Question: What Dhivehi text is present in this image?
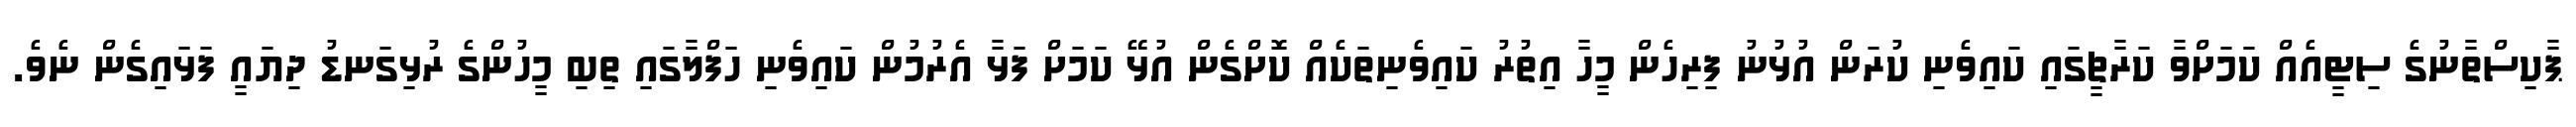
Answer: ޕާކިސްތާނުގެ ސިޓީއެއް ކަމަށްވާ ކަރާޗީގައި ކައިވެނި ކުރަން އުޅުނު ފިރިހެން މީހާ އިތުރު ކައިވެނިތަކެއް ކޮށްގެން އުޅޭ ކަމަށް ފަޅާ އެރުމުން ކައިވެނި ހަފްލާގައި ތިބި މީހުންގެ ރުޅިގަނޑު ދިޔައީ ފަޅައިގެން ނެވެ.